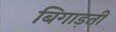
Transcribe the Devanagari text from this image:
बिगाड़ती